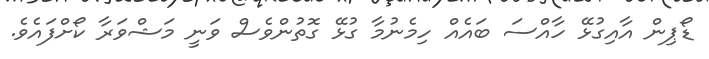
ޑޯޕިން އާއިގުޅޭ ހާއްސަ ބައެއް ހިމެނުމާ ގުޅޭ ގޮތުންވެސް ވަނީ މަޝްވަރާ ކޯށްފައެވެ.